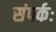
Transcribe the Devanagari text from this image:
संपर्कः